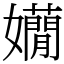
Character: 𡤃